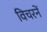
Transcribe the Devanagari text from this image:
विचरनें